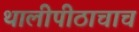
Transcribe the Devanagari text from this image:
थालीपीठाचाच